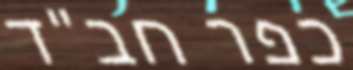
כפר חב"ד